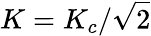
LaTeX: K=K_{c}/\sqrt{2}